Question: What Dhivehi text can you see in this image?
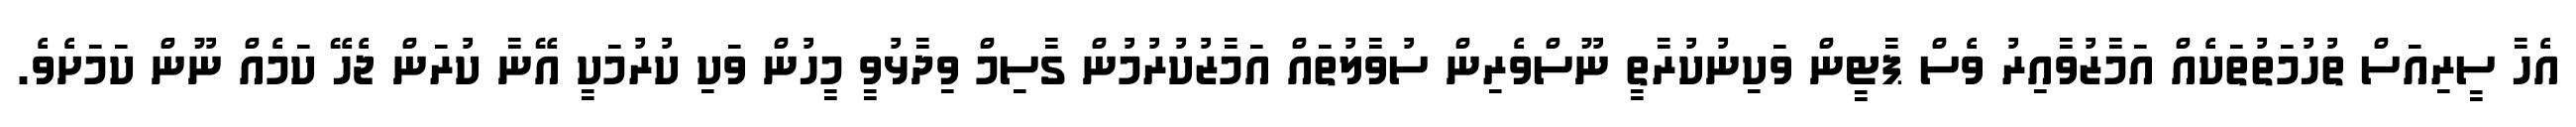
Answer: އެހާ ސީރިއަސް ތުހުމަތުތަކެއް އަމާޒުވާއިރު ވެސް ޕާޓީން ވަކިނުކުރާތީ ނޫސްވެރިން ސުވާލުތައް އަމާޒުކުރުމުން ގާސިމް ވިދާޅުވީ މީހުން ވަކި ކުރުމަކީ އޭނާ ކުރަން ޖެހޭ ކަމެއް ނޫން ކަމަށެވެ.